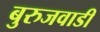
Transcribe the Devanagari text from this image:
बुरुजवाडी